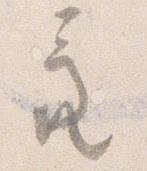
亮